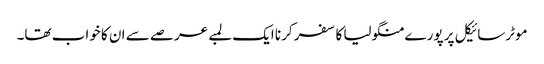
موٹرسائیکل پر پورے منگولیا کا سفر کرنا ایک لمبے عرصے سے ان کا خواب تھا۔